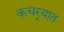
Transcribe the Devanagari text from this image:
कचर्‍यात